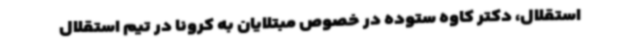
استقلال، دکتر کاوه ستوده در خصوص مبتلایان به کرونا در تیم استقلال